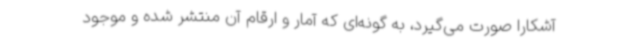
آشکارا صورت می‌گیرد، به گونه‌ای که آمار و ارقام‌ آن منتشر شده و موجود